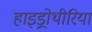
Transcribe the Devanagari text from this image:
हाइड्रोथीरिया